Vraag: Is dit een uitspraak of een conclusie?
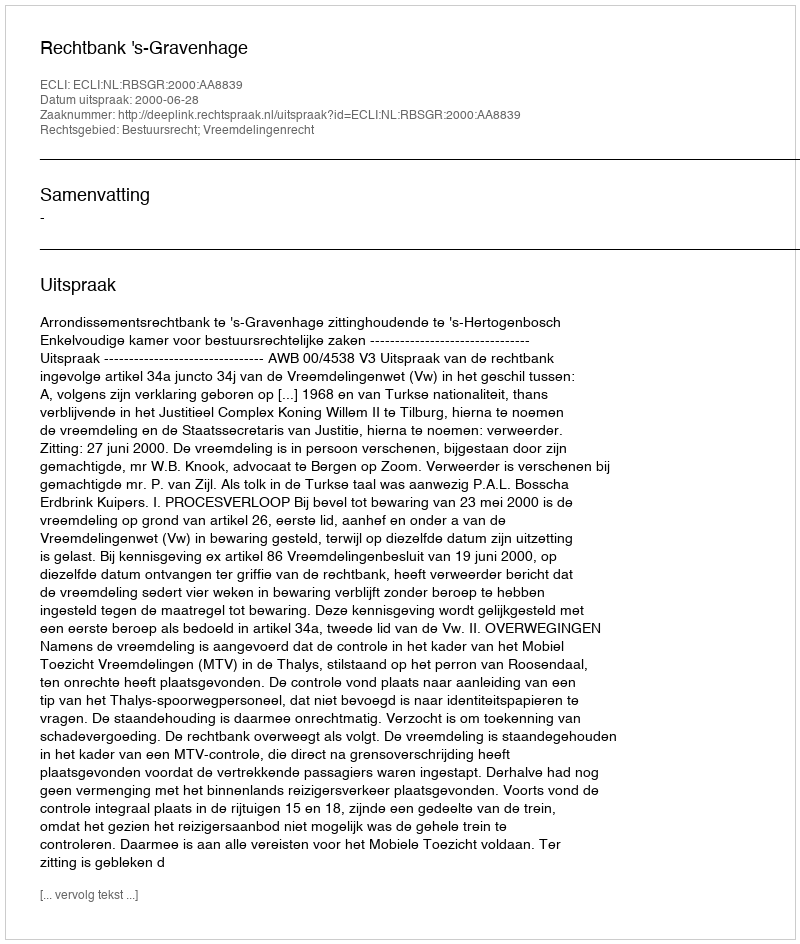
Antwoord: Uitspraak